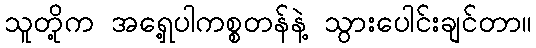
သူတို့က အရှေ့ပါကစ္စတန်နဲ့ သွားပေါင်းချင်တာ။